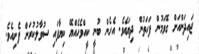
ޖައިދަންއަށް ގޮވަމުން ފަހަތުން ދިޔައެވެ. އެހެން ބުނީ ކީއްވެހެއްޔޭ ކިޔާފައި ސުވާލުކުރަން ފެށިއެވެ.